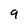
Character: 9